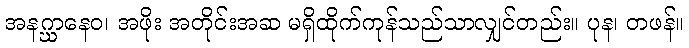
အနဂ္ဃာနေဝ၊ အဖိုး အတိုင်းအဆ မရှိထိုက်ကုန်သည်သာလျှင်တည်း။ ပုန၊ တဖန်။